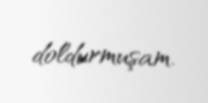
doldurmuşam.